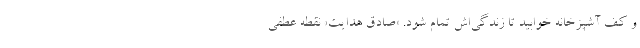
و کف آشپزخانه خوابید تا زندگی‌‌اش تمام شود. «صادق هدایت» نقطه عطفی